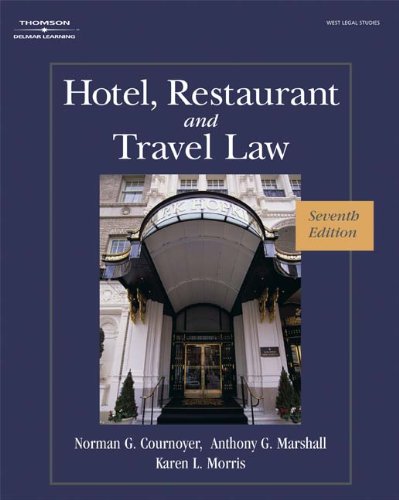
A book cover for Hotel, Restaurant, and Travel Law, 7th Edition; Karen Morris; Law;